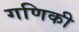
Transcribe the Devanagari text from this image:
गणिकी